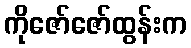
ကိုဇော်ဇော်ထွန်းက